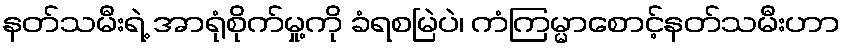
နတ်သမီးရဲ့ အာရုံစိုက်မှု့ကို ခံရစမြဲပဲ၊ ကံကြမ္မာစောင့်နတ်သမီးဟာ